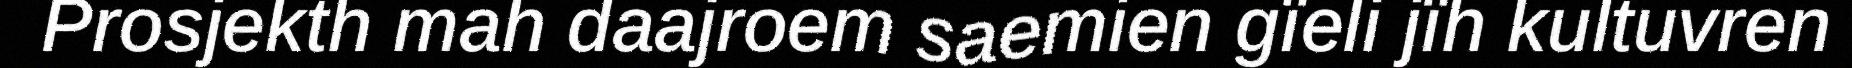
Prosjekth mah daajroem saemien gïeli jïh kultuvren